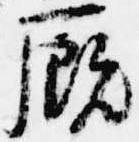
厩